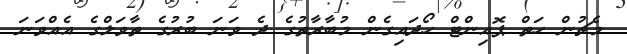
މެޗުން ހަތް ޕޮއިންޓް ހޯދައިގެން މުބާރާތުގެ ދެ ވަނަ ބުރުގެ ތާވަލްގެ އެއްވަނަ